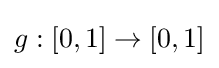
g:[0,1]\to [0,1]